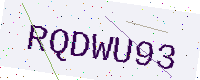
Text: RQDWU93